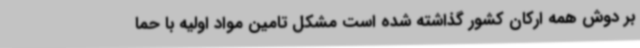
بر دوش همه ارکان کشور گذاشته شده است مشکل تامین مواد اولیه با حما